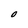
Character: O